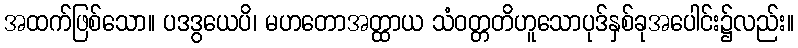
အထက်ဖြစ်သော။ ပဒဒွယေပိ၊ မဟတောအတ္ထာယ သံဝတ္တတိဟူသောပုဒ်နှစ်ခုအပေါင်း၌လည်း။